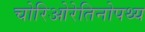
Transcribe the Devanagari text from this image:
चोरिओरेतिनोपथ्य